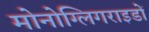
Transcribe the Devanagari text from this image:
मोनोग्लिगराइडों